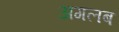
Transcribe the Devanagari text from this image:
अगलब